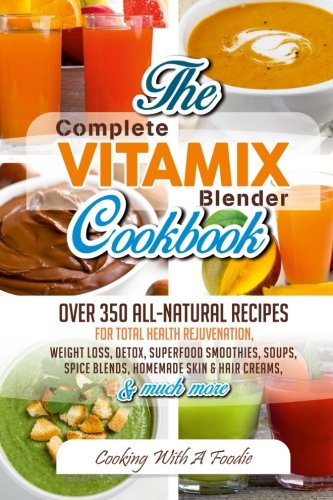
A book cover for Complete Vitamix Blender Cookbook:: Over 350 All-Natural Recipes For Total Health Rejuvenation, Weight Loss, Detox, Superfood Smoothies, Spice Blends, ... More (Vitamix Blender Recipes) (Volume 1); Foodie; Cookbooks, Food & Wine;